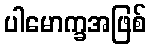
ပါမောက္ခအဖြစ်